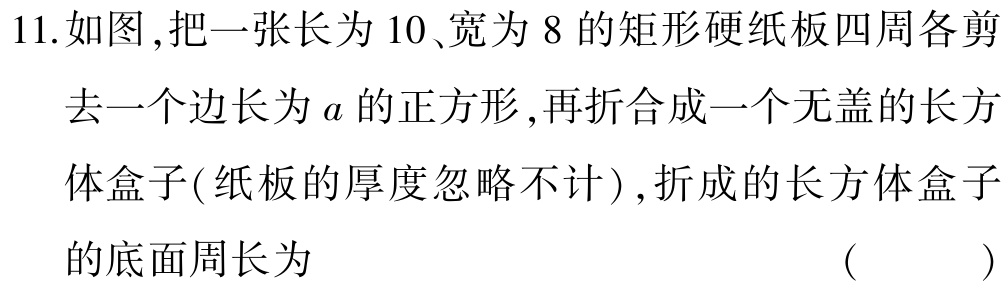
11.如图,把一张长为 10、宽为 8 的矩形硬纸板四周各剪

去一个边长为\(a\)的正方形,再折合成一个无盖的长方

体盒子(纸板的厚度忽略不计),折成的长方体盒子

的底面周长为 （  ）